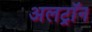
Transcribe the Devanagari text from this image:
अलट्राॅन